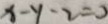
x - y - 2 = 0